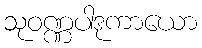
သုဝဏ္ဏပါဒုကာယော